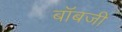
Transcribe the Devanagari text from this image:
बॉबजी